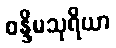
စန္ဒိမသုရိယာ